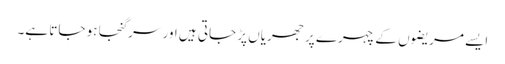
ایسے مریضوں کے چہرے پر جھریاں پڑ جاتی ہیں اور سر گنجا ہو جاتا ہے۔